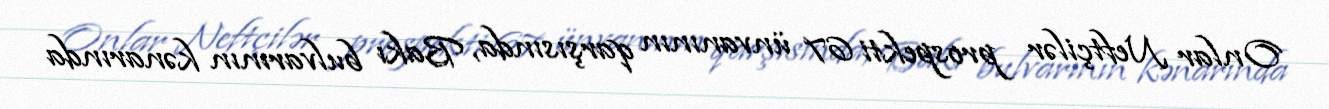
Onlar Neftçilər prospekti 67 ünvanının qarşısında, Bakı bulvarının kənarında